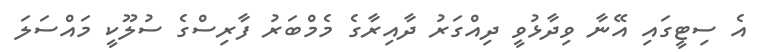
އެ ސިޓީގައި އޭނާ ވިދާޅުވީ ދިއްގަރު ދާއިރާގެ މެމްބަރު ފާރިސްގެ ސުލޫކީ މައްސަލަ